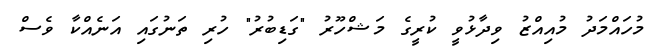
މުހައްމަދު މުއިއްޒު ވިދާޅުވީ ކުރީގެ މަޝްހޫރު "ގަޑިބުރު" ހުރި ތަނުގައި އަނެއްކާ ވެސް